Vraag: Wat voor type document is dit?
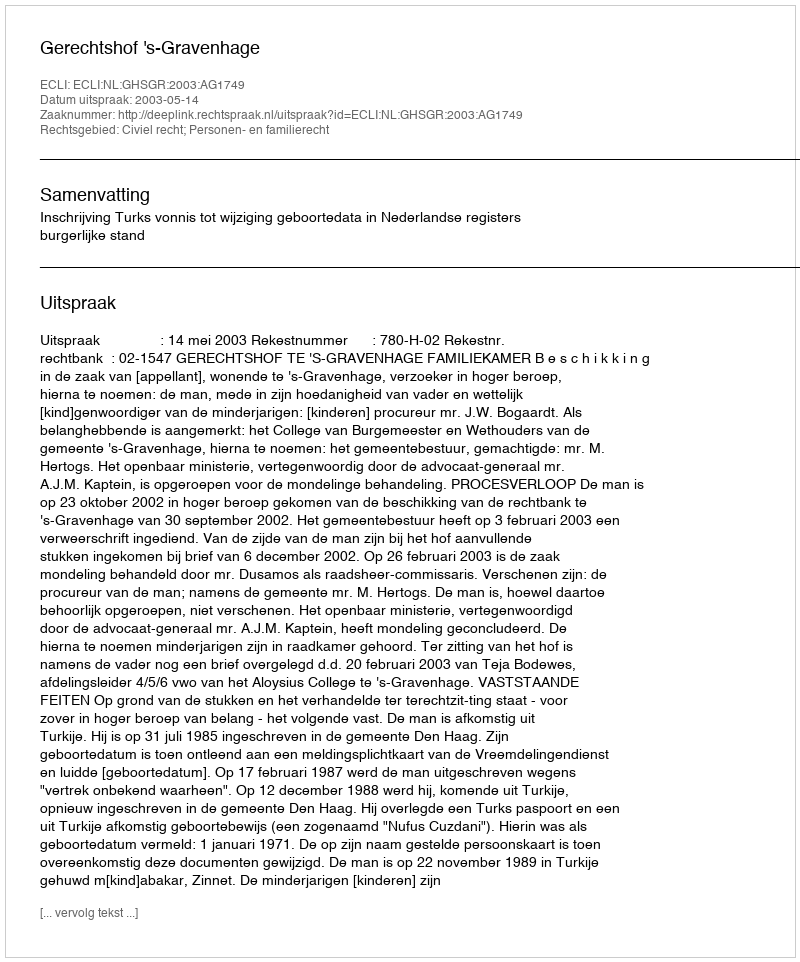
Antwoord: Uitspraak